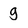
Character: g